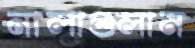
নালাগুলান